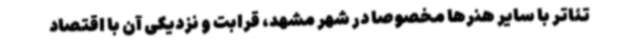
تئاتر با سایر هنرها مخصوصاً در شهر مشهد، قرابت و نزدیکی آن با اقتصاد